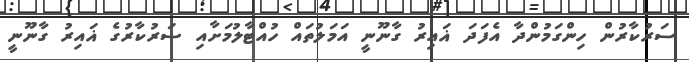
ސަރުކާރުން ހިންގަމުންދާ އެފަދަ ޣައިރު ގާނޫނީ އަމަލުތައް ހުއްޓާލުމަށާއި ސަރުކާރުގެ ޣައިރު ގާނޫނީ